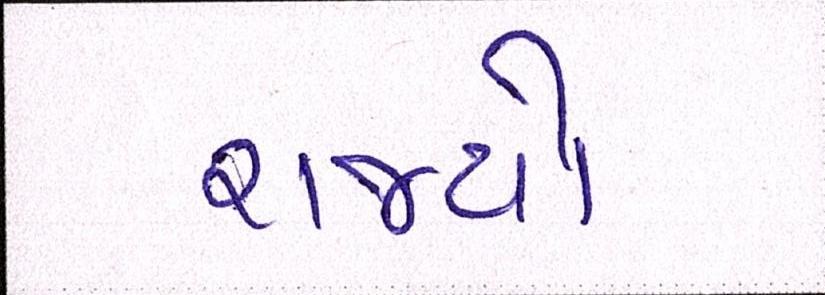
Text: રાજ્યો